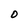
Character: 0